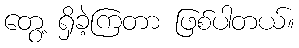
တွေ့ ရှိခဲ့ကြတာ ဖြစ်ပါတယ်။